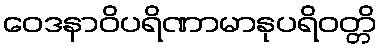
ဝေဒနာဝိပရိဏာမာနုပရိဝတ္တိ